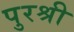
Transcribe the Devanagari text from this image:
पुरश्री